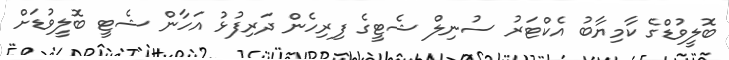
ބޮލީވުޑްގެ ކާމިޔާބު އެކްޓަރު ސުނިލް ޝެޓީގެ ފިރިހެން ދަރިފުޅު އަހާން ޝެޓީ ބޮލީވުޑަށް